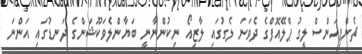
ޗެންޕިއަންސް ލީގު ޕްލޭއޮފްގެ ދެވަނަ ލެގުގައި ލާޒިއޯ ނިކުންނާނީ ބަޔާންލެވަކޫޝަންގެ ދަނޑުގައި އަންނަ